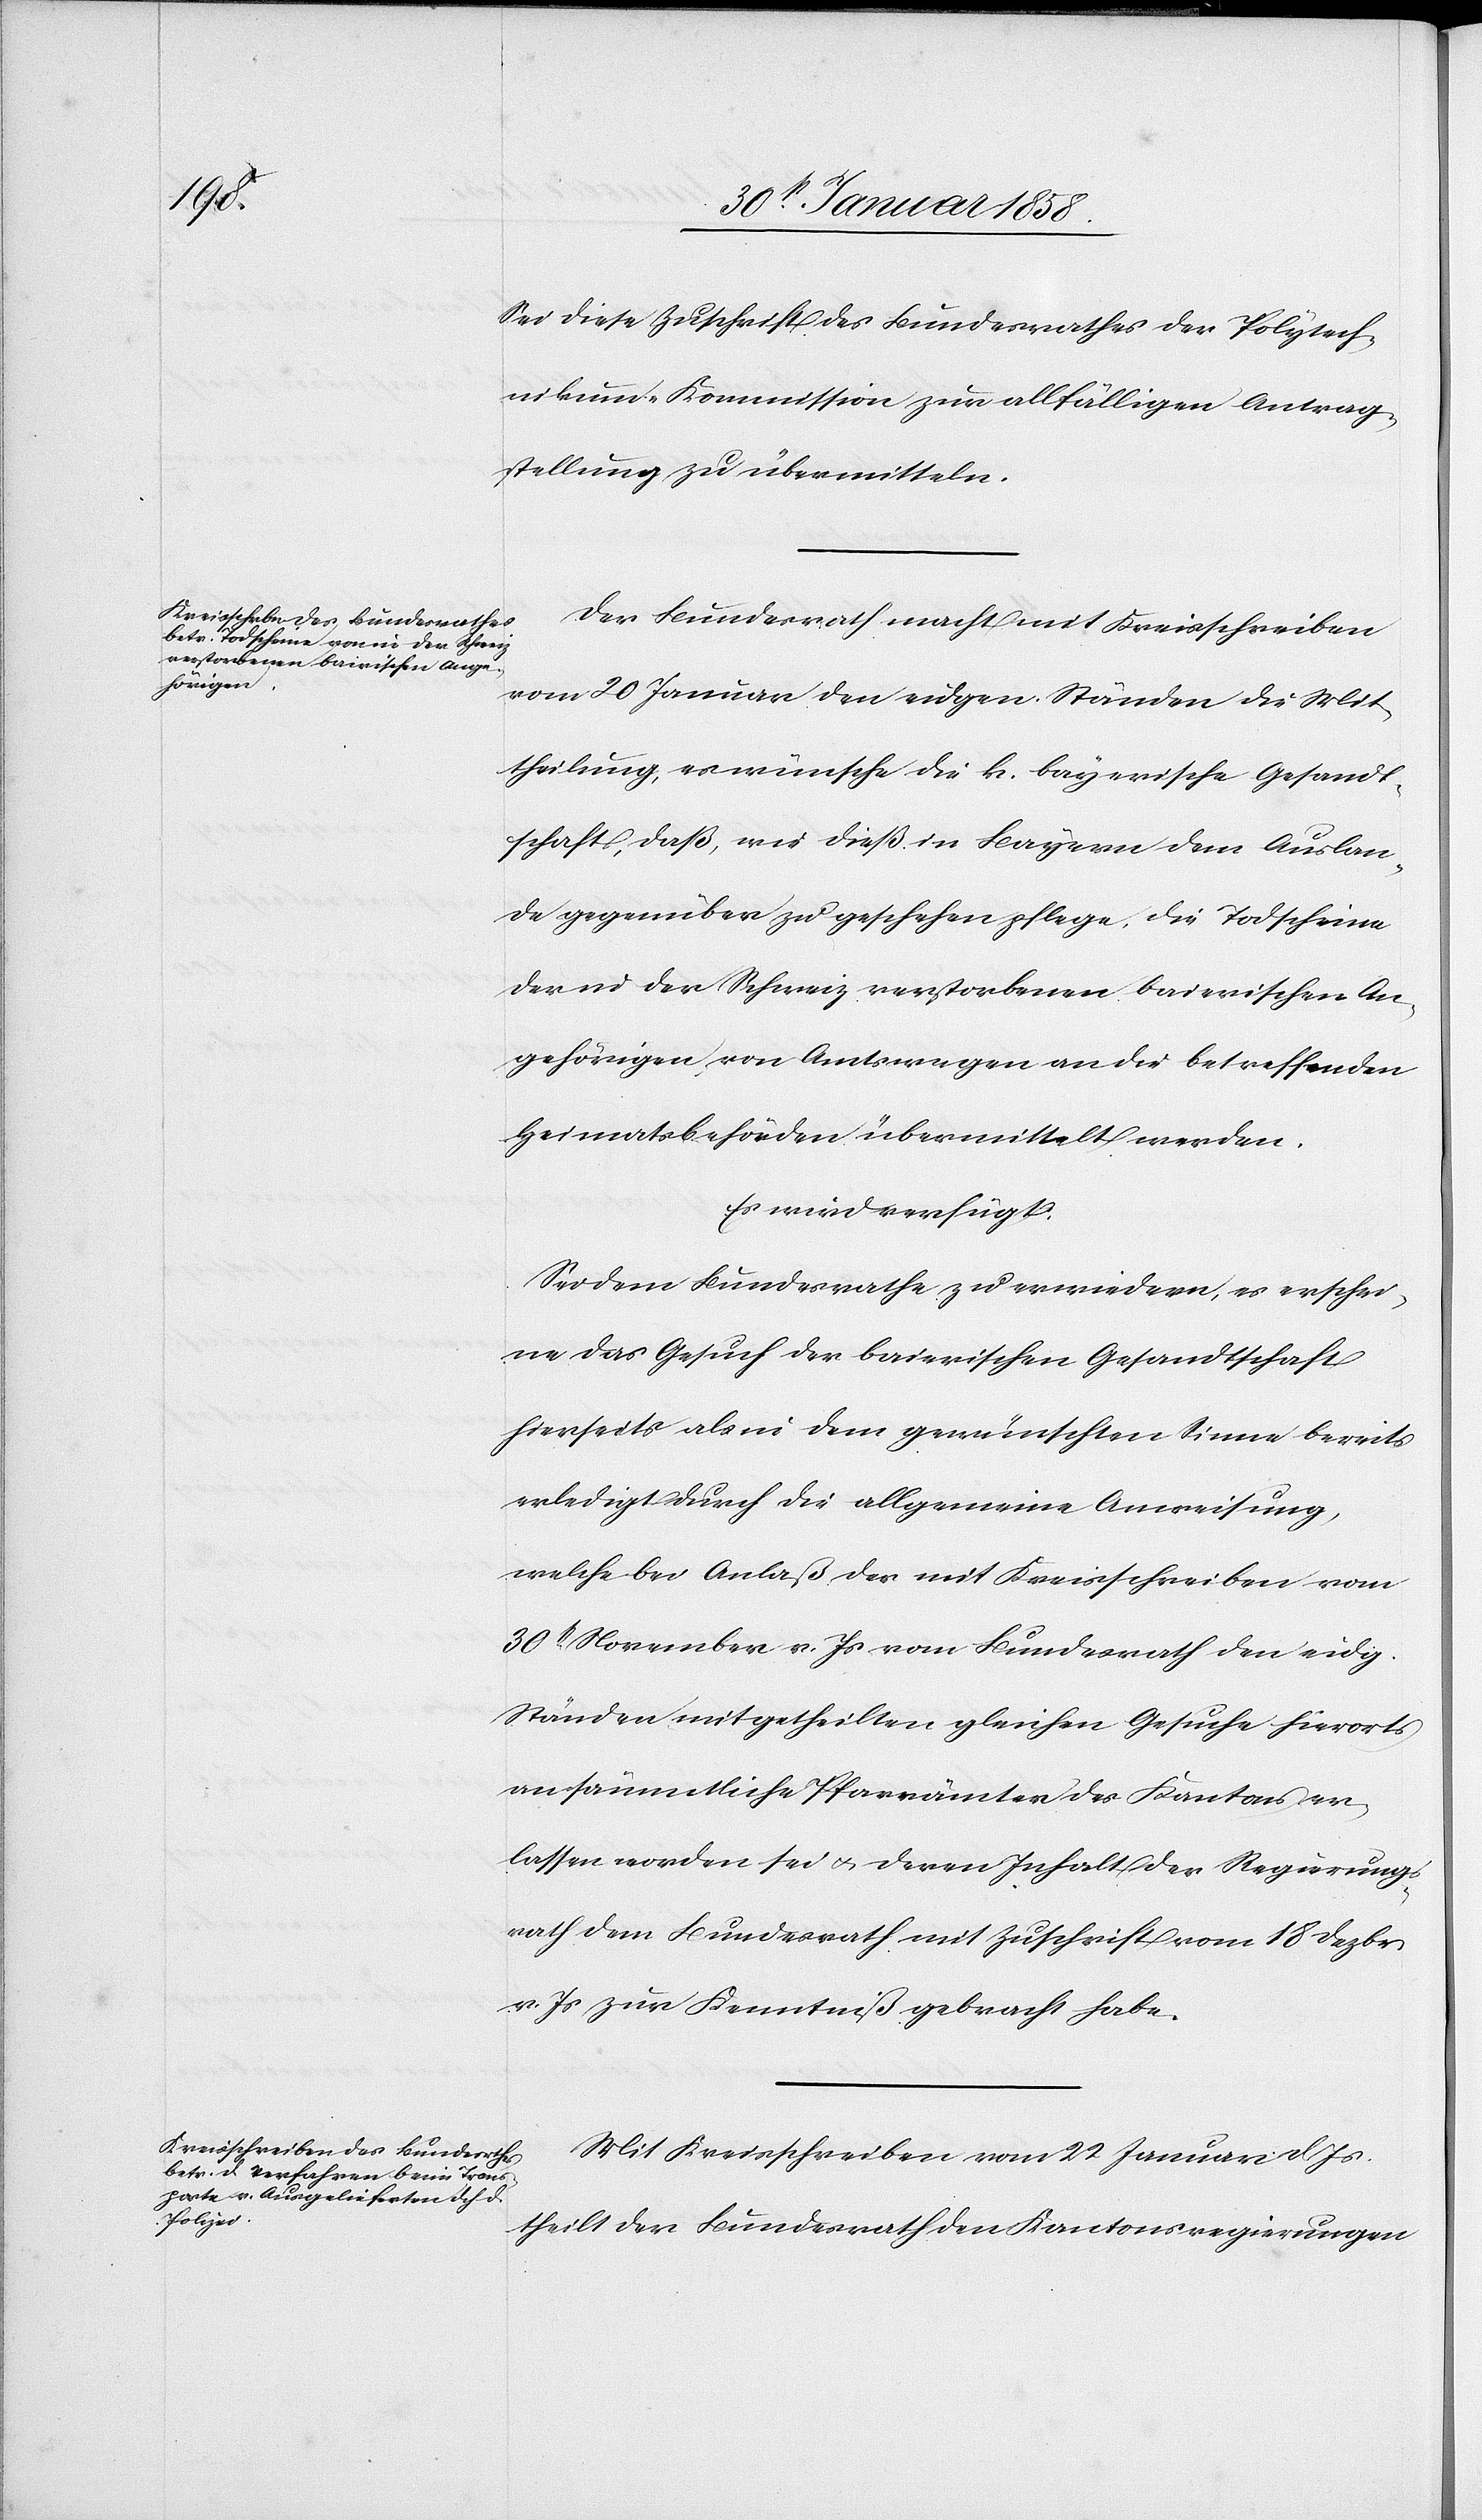
Sei diese Zuschrift des Bundesrathes der Polytech¬
nikum-Kommission zur allfälligen Antrag¬
stellung zu übermitteln.
Der Bundesrath macht mit Kreisschreiben
vom 20 Januar den eidgen. Ständen die Mit¬
theilung, es wünsche die k. bayerische Gesandt¬
schaft, daß, wie dieß in Bayern dem Auslan¬
de gegenüber zu geschehen pflege, die Todscheine
der in der Schweiz verstorbenen baierischen An¬
gehörigen, von Amtswegen an die betreffenden
Heimatsbehörden übermittelt werden.
Es wird verfügt:
Sei dem Bundesrathe zu erwiedern, es erschei¬
ne das Gesuch der baierischen Gesandtschaft
hierseits als in dem gewünschten Sinne bereits
erledigt durch die allgemeine Anweisung,
welche bei Anlaß des mit Kreisschreiben vom
30t November v. Js. vom Bundesrath den eidg.
Ständen mitgetheilten gleichen Gesuche hierorts
an sämmtliche Pfarrämter des Kantons er¬
lassen worden sei u. deren Inhalt der Regierungs¬
rath dem Bundesrath mit Zuschrift vom 18 Dezbr.
v. Js zur Kenntniß gebracht habe.
Mit Kreisschreiben vom 22 Januar d. Js.
theilt der Bundesrath den Kantonsregierungen